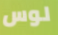
لوس